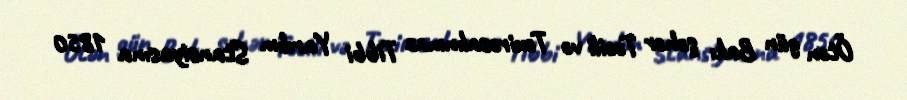
Ötən gün Bakı şəhər Təcili və Təxirəsalınmaz Tibbi Yardım Stansiyasına 1850